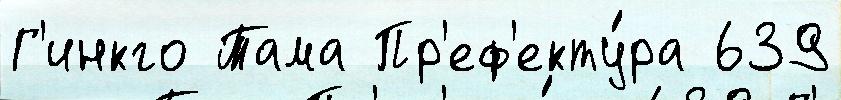
Г'инкго Тама Пр'еф'екту́ра 639